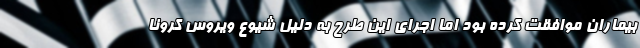
بیماران موافقت کرده بود اما اجرای این طرح به دلیل شیوع ویروس کرونا